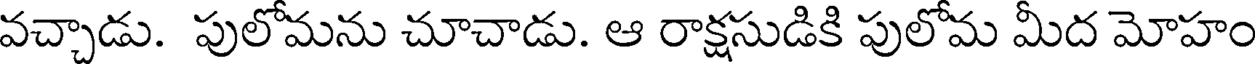
వచ్చాడు. పులోమను చూచాడు. ఆ రాక్షసుడికి పులోమ మీద మోహం